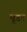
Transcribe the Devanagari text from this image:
पूडर